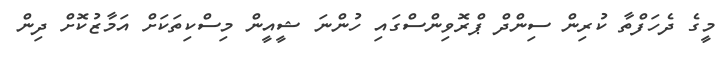
މީގެ ދެހަފްތާ ކުރިން ސިންދް ޕްރޮވިންސްގައި ހުންނަ ޝީއީން މިސްކިތަކަށް އަމާޒުކޮށް ދިން